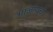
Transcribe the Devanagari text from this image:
भाजायची